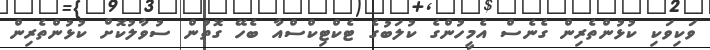
ވަކިވަކި ކުޅުންތެރިން ގެނެސް އެމީހުންގެ ކުލަބުގެ ޓެކްޓިކްސްއާ ބެހޭ ގޮތުން ސުވާލުކޮށް ކުޅުންތެރިން